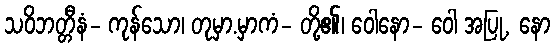
သဝိဘတ္တီနံ- ကုန်သော၊ တုမှာ.မှာကံ- တို့၏၊ ဝေါနော- ဝေါ အပြု, နော